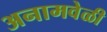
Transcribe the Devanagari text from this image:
अनामवेळी